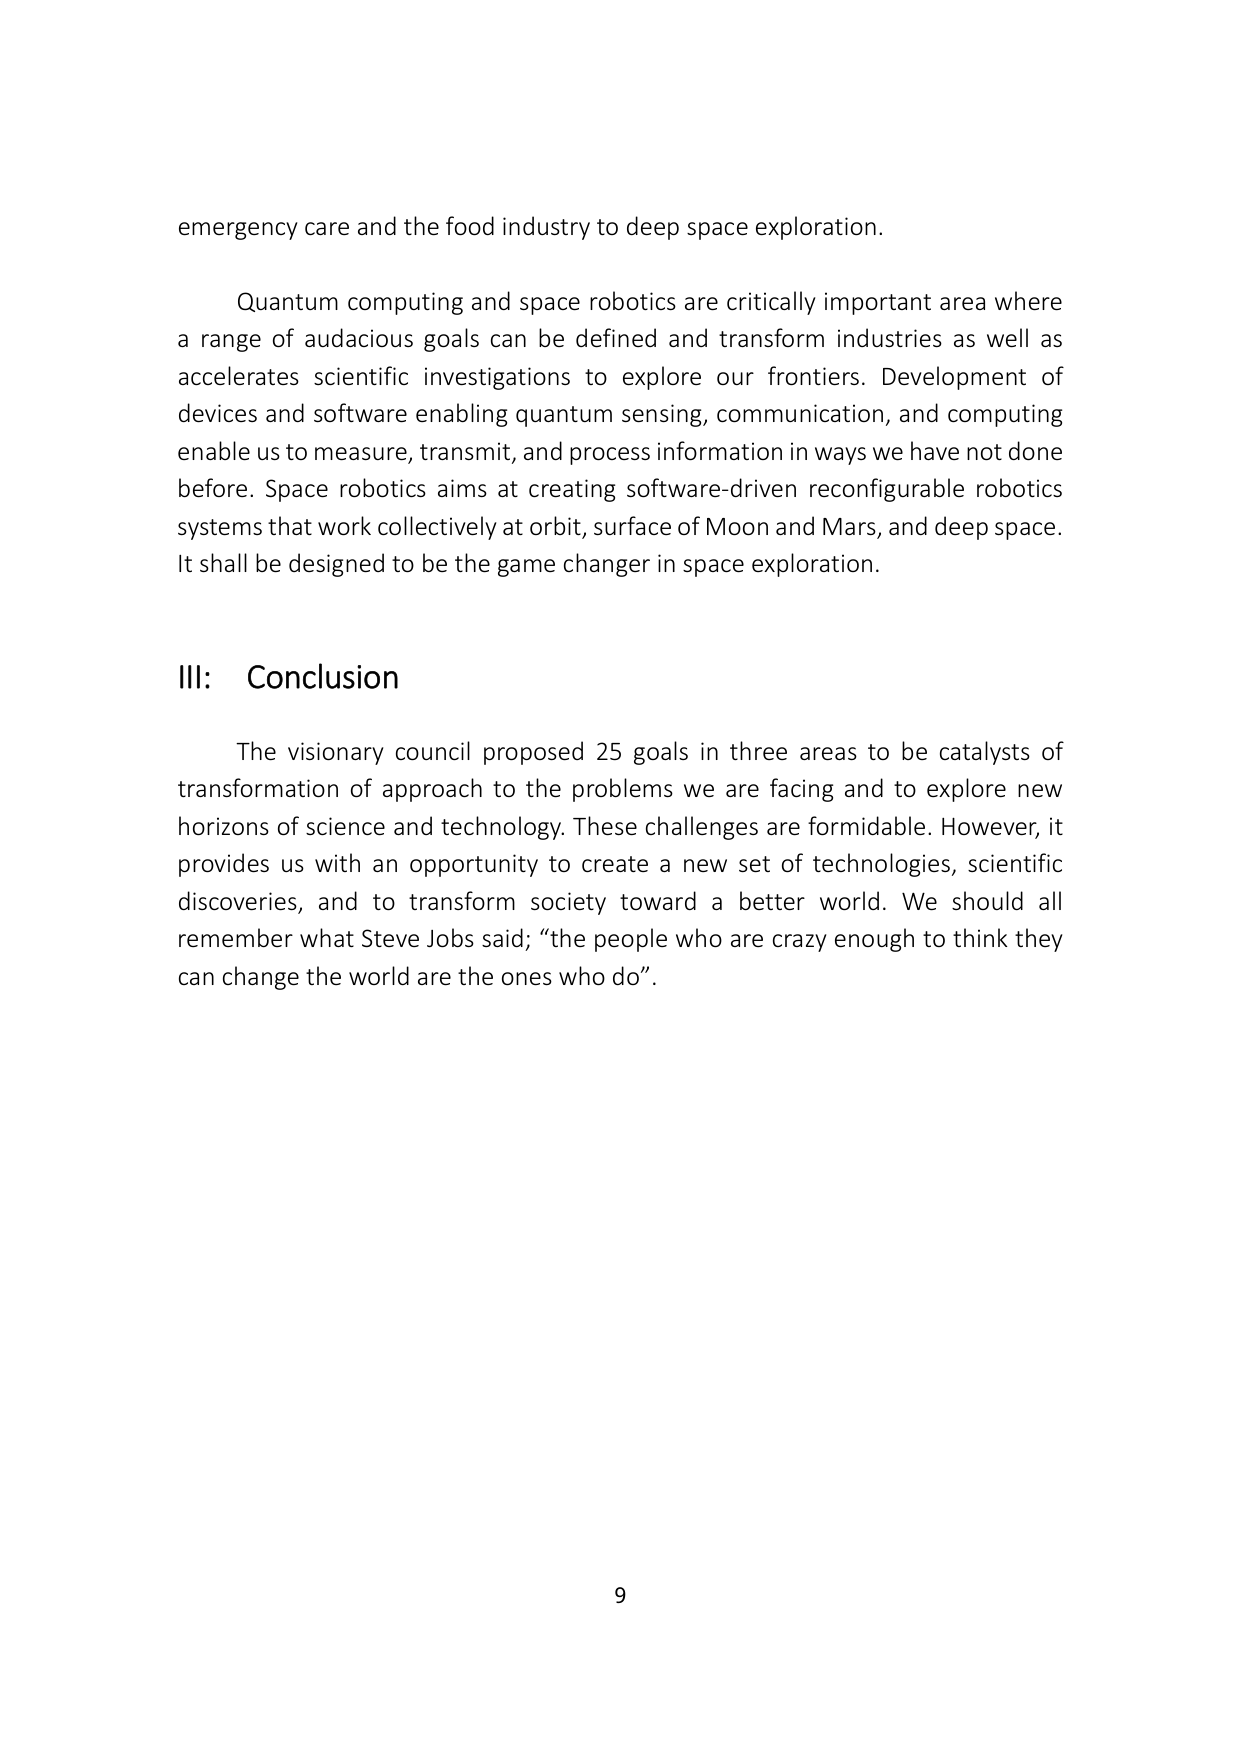
emergency care and the food industry to deep space exploration.

Quantum computing and space robotics are critically important area where a range of audacious goals can be defined and transform industries as well as accelerates scientific investigations to explore our frontiers. Development of devices and software enabling quantum sensing, communication, and computing enable us to measure, transmit, and process information in ways we have not done before. Space robotics aims at creating software-driven reconfigurable robotics systems that work collectively at orbit, surface of Moon and Mars, and deep space. It shall be designed to be the game changer in space exploration.

III: Conclusion

The visionary council proposed 25 goals in three areas to be catalysts of transformation of approach to the problems we are facing and to explore new horizons of science and technology. These challenges are formidable. However, it provides us with an opportunity to create a new set of technologies, scientific discoveries, and to transform society toward a better world. We should all remember what Steve Jobs said; “the people who are crazy enough to think they can change the world are the ones who do”.

9